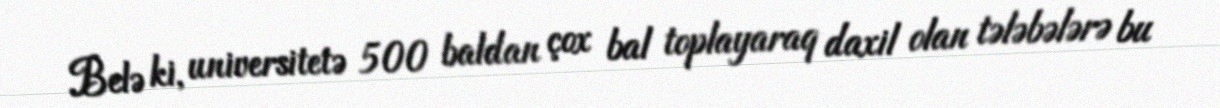
Belə ki, universitetə 500 baldan çox bal toplayaraq daxil olan tələbələrə bu